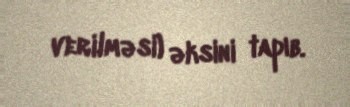
verilməsi) əksini tapıb.